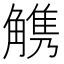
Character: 𧤤